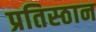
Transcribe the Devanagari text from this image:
प्रतिस्ठान